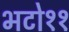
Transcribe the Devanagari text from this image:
भटो११